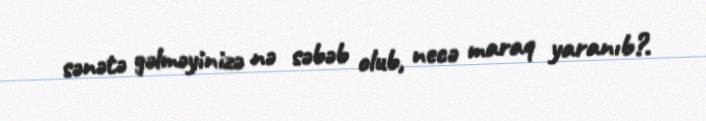
sənətə gəlməyinizə nə səbəb olub, necə maraq yaranıb?.